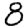
Digit: 8